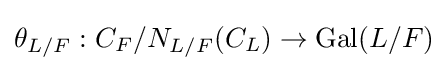
\theta _{L/F}:C_{F}/{N_{L/F}(C_{L})}\to \operatorname {Gal} (L/F)